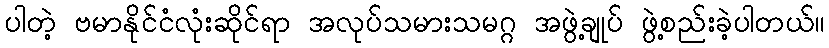
ပါတဲ့ ဗမာနိုင်ငံလုံးဆိုင်ရာ အလုပ်သမားသမဂ္ဂ အဖွဲ့ချုပ် ဖွဲ့စည်းခဲ့ပါတယ်။